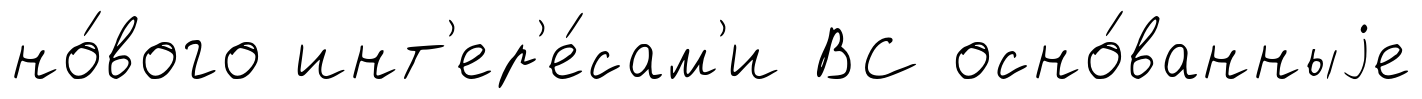
но́вого инт'ер'е́сам'и ВС осно́ванныjе